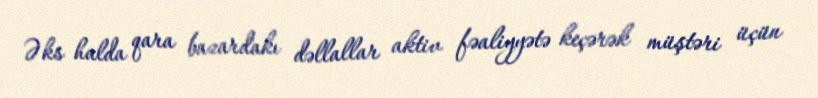
Əks halda qara bazardakı dəllallar aktiv fəaliyyətə keçərək müştəri üçün